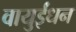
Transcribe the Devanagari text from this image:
वायुईंधन